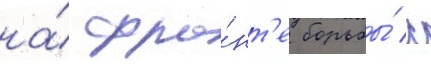
на́ фро́нт'е борьбы́ с